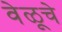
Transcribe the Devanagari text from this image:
वेळूचे